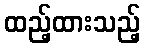
ထည့်ထားသည့်